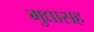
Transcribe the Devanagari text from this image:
मुद्यासह